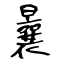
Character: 曩